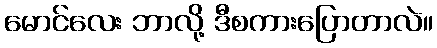
မောင်လေး ဘာလို့ ဒီစကားပြောတာလဲ။